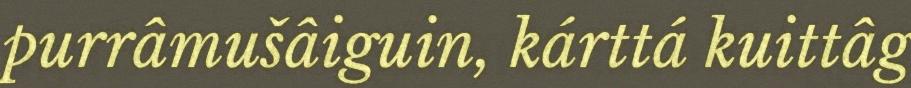
purrâmušâiguin, kárttá kuittâg